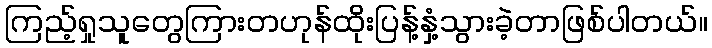
ကြည့်ရှုသူတွေကြားတဟုန်ထိုးပြန့်နှံ့သွားခဲ့တာဖြစ်ပါတယ်။